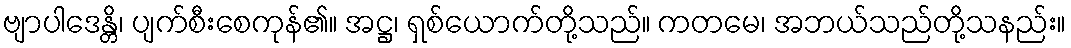
ဗျာပါဒေန္တိ၊ ပျက်စီးစေကုန်၏။ အဋ္ဌ၊ ရှစ်ယောက်တို့သည်။ ကတမေ၊ အဘယ်သည်တို့သနည်း။